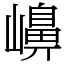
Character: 𡽶